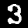
Label: 3